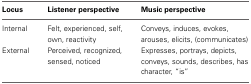
| Locus | Listener perspective | Music perspective |
 | --- | --- | --- |
 | Internal | Felt, experienced, self, own, reactivity | Conveys, induces, evokes, arouses, elicits, (communicates) |
 | External | Perceived, recognized, sensed, noticed | Expresses, portrays, depicts, conveys, sounds, describes, has character, “is” |